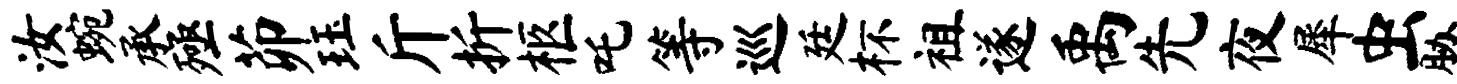
汝蜿承殛茆珏斤折柩吒等巡廷杯祖遂禹先夜犀虫胁